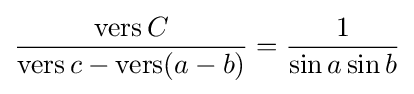
{\frac {\operatorname {vers} C}{\operatorname {vers} c-\operatorname {vers} (a-b)}}={\frac {1}{\sin a\sin b}}